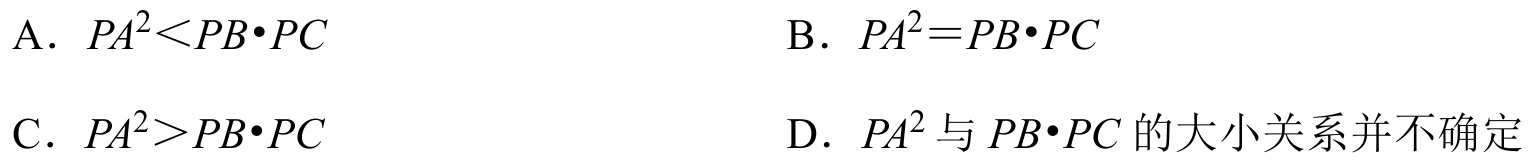
A. \(PA^{2}<PB\cdot PC\)
B. \(PA^{2}=PB\cdot PC\)
C. \(PA^{2}>PB\cdot PC\)
D. \(PA^{2}\) 与 \(PB\cdot PC\) 的大小关系并不确定